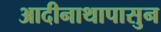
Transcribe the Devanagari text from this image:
आदीनाथापासुन